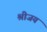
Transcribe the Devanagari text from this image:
श्रीजय